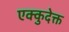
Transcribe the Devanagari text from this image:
एक्कुदेक्त